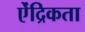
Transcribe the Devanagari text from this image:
ऐंद्रिकता